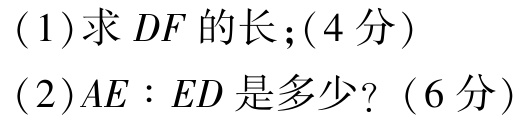
(1)求 \(DF\) 的长；(4分)

(2)\(AE:ED\) 是多少? （6分）